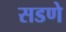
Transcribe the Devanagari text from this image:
सडणे